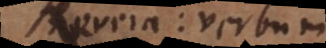
Revera: verbum